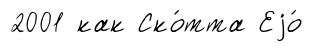
2001 как Ско́тта Еjо́